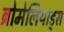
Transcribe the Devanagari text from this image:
ब्रोमेलियाड्स